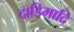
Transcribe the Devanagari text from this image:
दाडिमादि